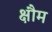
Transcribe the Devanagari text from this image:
क्षौम